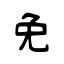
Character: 免